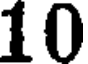
10